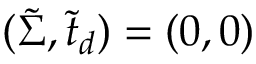
( \tilde { \Sigma } , \tilde { t } _ { d } ) = ( 0 , 0 )